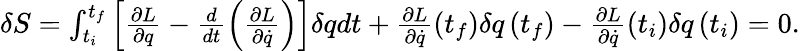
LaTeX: \begin{array}{r}{\delta S=\int_{t_{i}}^{t_{f}}\left[\frac{\partial L}{\partial q}-\frac{d}{dt}\left(\frac{\partial L}{\partial\dot{q}}\right)\right]\delta qdt+\frac{\partial L}{\partial\dot{q}}\left(t_{f}\right)\delta q\left(t_{f}\right)-\frac{\partial L}{\partial\dot{q}}\left(t_{i}\right)\delta q\left(t_{i}\right)=0.}\end{array}